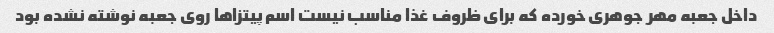
داخل جعبه مهر جوهری خورده که برای ظروف غذا مناسب نیست اسم پیتزا‌ها روی جعبه نوشته نشده بود